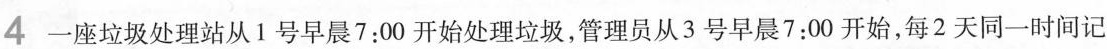
4一座垃圾处理站从1号早晨7:00开始处理垃圾，管理员从3号早晨7:00开始，每2天同一时间记